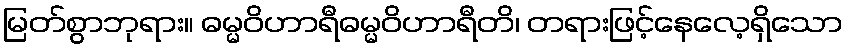
မြတ်စွာဘုရား။ ဓမ္မဝိဟာရီဓမ္မဝိဟာရီတိ၊ တရားဖြင့်နေလေ့ရှိသော